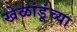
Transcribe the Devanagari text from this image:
खेळांडूंच्या